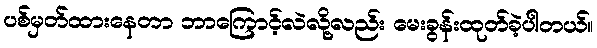
ပစ်မှတ်ထားနေတာ ဘာကြောင့်လဲလို့လည်း မေးခွန်းထုတ်ခဲ့ပါတယ်။